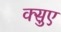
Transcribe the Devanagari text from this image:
क्सुए